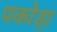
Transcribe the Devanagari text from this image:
पकोड़ा़